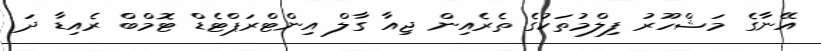
އޭނާގެ މަޝްހޫރު ފިލްމުތަކުގެ ތެރެއިން ޖިއާ ގާލް އިންޓްރަޕްޓެޑް ޓޮމްބް ރެއިޑާ ދަ